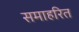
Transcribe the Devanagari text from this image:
समाहरित